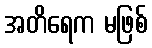
အတိရေက မဖြစ်